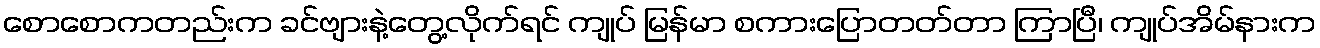
စောစောကတည်းက ခင်ဗျားနဲ့တွေ့လိုက်ရင် ကျုပ် မြန်မာ စကားပြောတတ်တာ ကြာပြီ၊ ကျုပ်အိမ်နားက